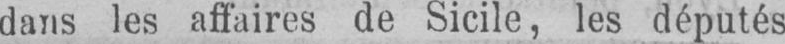
dans les affaires de Sicile, les députés